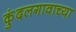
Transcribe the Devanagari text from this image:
कुंदलगावाच्या